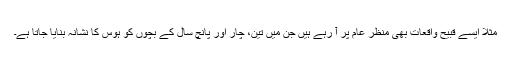
مثلا ایسے قبیح واقعات بھی منظر عام پر آ رہے ہیں جن میں تین، چار اور پانچ سال کے بچوں کو ہوس کا نشانہ بنایا جاتا ہے۔